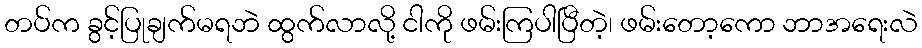
တပ်က ခွင့်ပြုချက်မရဘဲ ထွက်လာလို့ ငါကို ဖမ်းကြပါပြီတဲ့၊ ဖမ်းတော့ကော ဘာအရေးလဲ